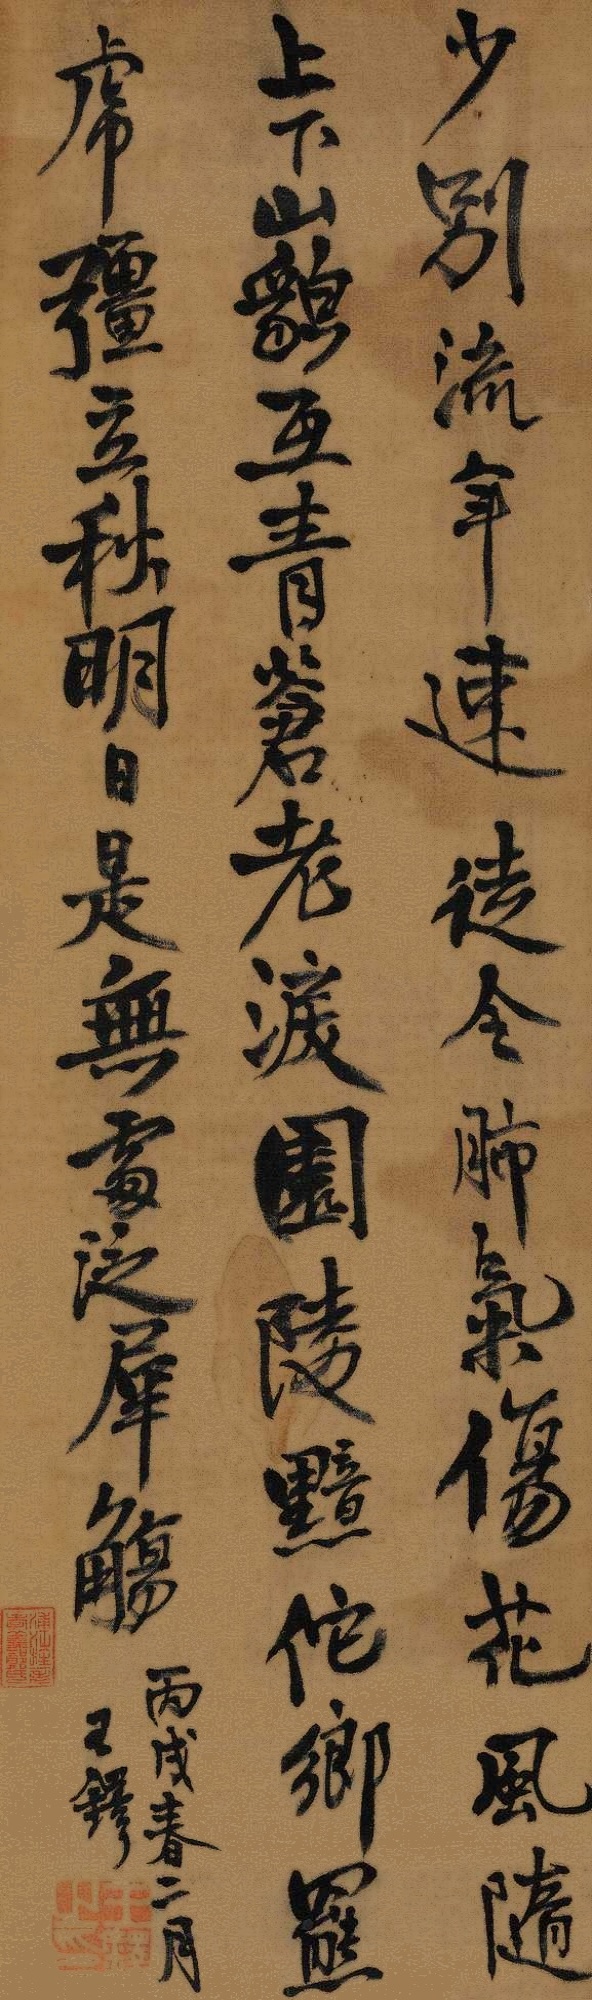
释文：少别流年速，徒令肺气伤。花风随上下，山貌互青苍。老泪园陵黯，他乡罢虎强。立秋明日是，无处泛犀觞。丙戌春二月，王铎。